Leaving Certificate Examination, 1916
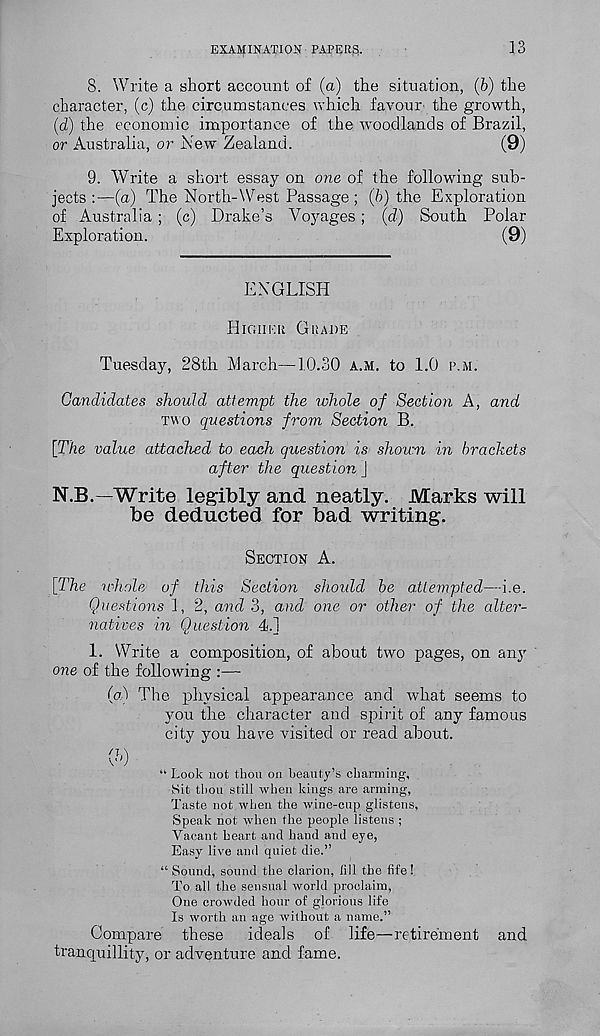
EXAMINATION PAPERS!.
13
8. Write a short account of (a) the situation, (b) the
character, (c) the circumstances which favour the growth,
(d) the economic importance of the woodlands of Brazil,
or Australia, or New Zealand.
(9)
9. Write a short essay on one of the following sub-
jects :—(a) The North-West Passage ; (b) the Exploration
of Australia ; (c) Drake’s Voyages; (d) South Polar
Exploration.
(9)
ENGLISH
HIGHER GRADE
Tuesday, 28th March—10.30 A.M. to 1.0 P.M.
Candidates should attempt the whole of Section A, and
TWO questions from Section B.
[The value attached to each question is shown in brackets
after the question j
N.B.—Write legibly and neatly. Marks will
be deducted for bad writing.
SECTION A.
[The whole of this Section should be attempted—i.e.
Questions 1, 2, and 3, and one or other of the alter-
natives in Question 4.]
1. Write a composition, of about two pages, on any
one of the following :—
(a) The physical appearance and what seems to
you the character and spirit of any famous
city you have visited or read about.
(1
“ Look not thou on beauty’s charming,
!Sit thou still when kings are arming,
Taste not when the wine-cup glistens,
Speak not when the people listens ;
Vacant heart and hand and eye,
Easy live and quiet die.”
“ Sound, sound the clarion, liil the fife!
To all the sensual world proclaim,
One crowded hour of glorious life
Is worth an age without a name.”
Compare these ideals of life—retirement and
tranquillity, or adventure and fame.